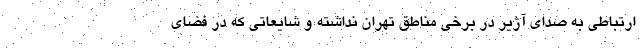
ارتباطی به صدای آژیر در برخی مناطق تهران نداشته و شایعاتی که در فضای